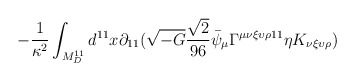
\begin{align*}-\frac{1}{\kappa^2} \int_{M^{11}_D} d^{11} x \partial_{11} ( \sqrt{-G}\frac{\sqrt{2}}{96} \bar{\psi}_\mu \Gamma^{\mu \nu \xi \upsilon \rho 11} \eta K_{\nu \xi \upsilon \rho} )\end{align*}